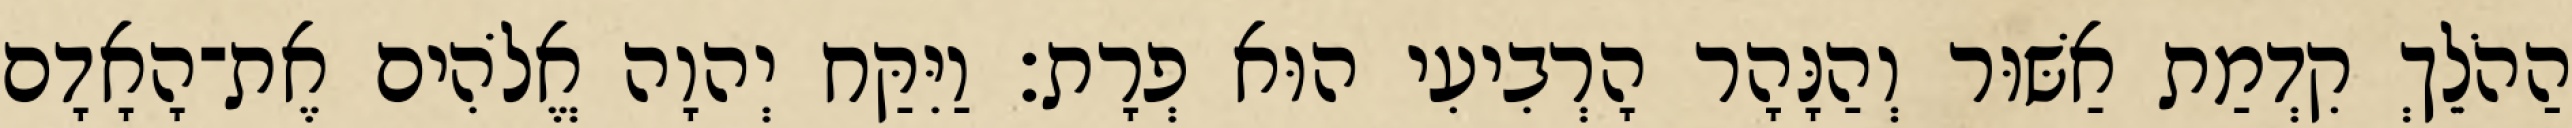
הַהֹלֵךְ קִדְמַת אַשּׁוּר וְהַנָּהָר הָרְבִיעִי הוּא פְרָת׃ וַיִּקַּח יְהוָה אֱלֹהִים אֶת־הָאָדָם